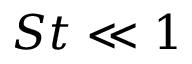
S t \ll 1